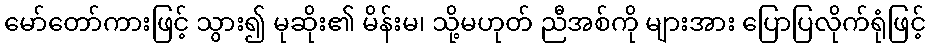
မော်တော်ကားဖြင့် သွား၍ မုဆိုး၏ မိန်းမ၊ သို့မဟုတ် ညီအစ်ကို များအား ပြောပြလိုက်ရုံဖြင့်